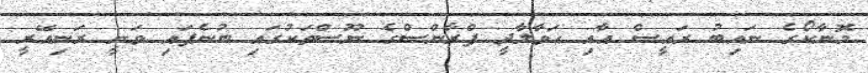
މޮނާކޯގެ ނައިބު ރައީސް އާއި ހަވާލާދީ ފްރާންސްގެ ނޫސްތަކުގައި ބުނެފައި ވަނީ ރަނިއޭރީ